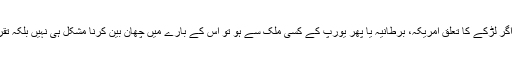
ایسے خاندانوں کے لیے اگر لڑکے کا تعلق امریکہ، برطانیہ یا پھر یورپ کے کسی ملک سے ہو تو اس کے بارے میں چھان بین کرنا مشکل ہی نہیں بلکہ تقریباً ناممکن بھی ہوتا ہے۔